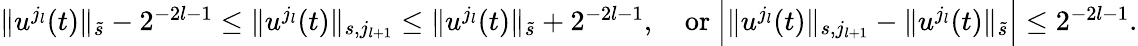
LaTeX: \begin{array}{r}{\| u^{j_{l}}(t)\| _{\tilde{s}}-2^{-2l-1}\leq\| u^{j_{l}}(t)\| _{s,j_{l+1}}\leq\| u^{j_{l}}(t)\| _{\tilde{s}}+2^{-2l-1},\quad\mathrm{or~}\Big|\| u^{j_{l}}(t)\| _{s,j_{l+1}}-\| u^{j_{l}}(t)\| _{\tilde{s}}\Big|\leq 2^{-2l-1}.}\end{array}